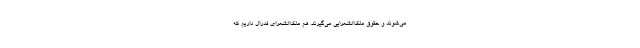
می‌شوند و حقوق ملک‌الشعرایی می‌گیرند. هم ملک‌الشعرای فدرال داریم که